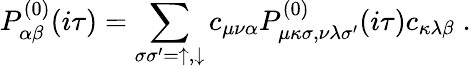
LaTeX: P_{\alpha\beta}^{(0)}(i\tau)=\sum_{\sigma\sigma^{\prime}=\uparrow,\downarrow}c_{\mu\nu\alpha}P_{\mu\kappa\sigma,\nu\lambda\sigma^{\prime}}^{(0)}(i\tau)c_{\kappa\lambda\beta}\; .